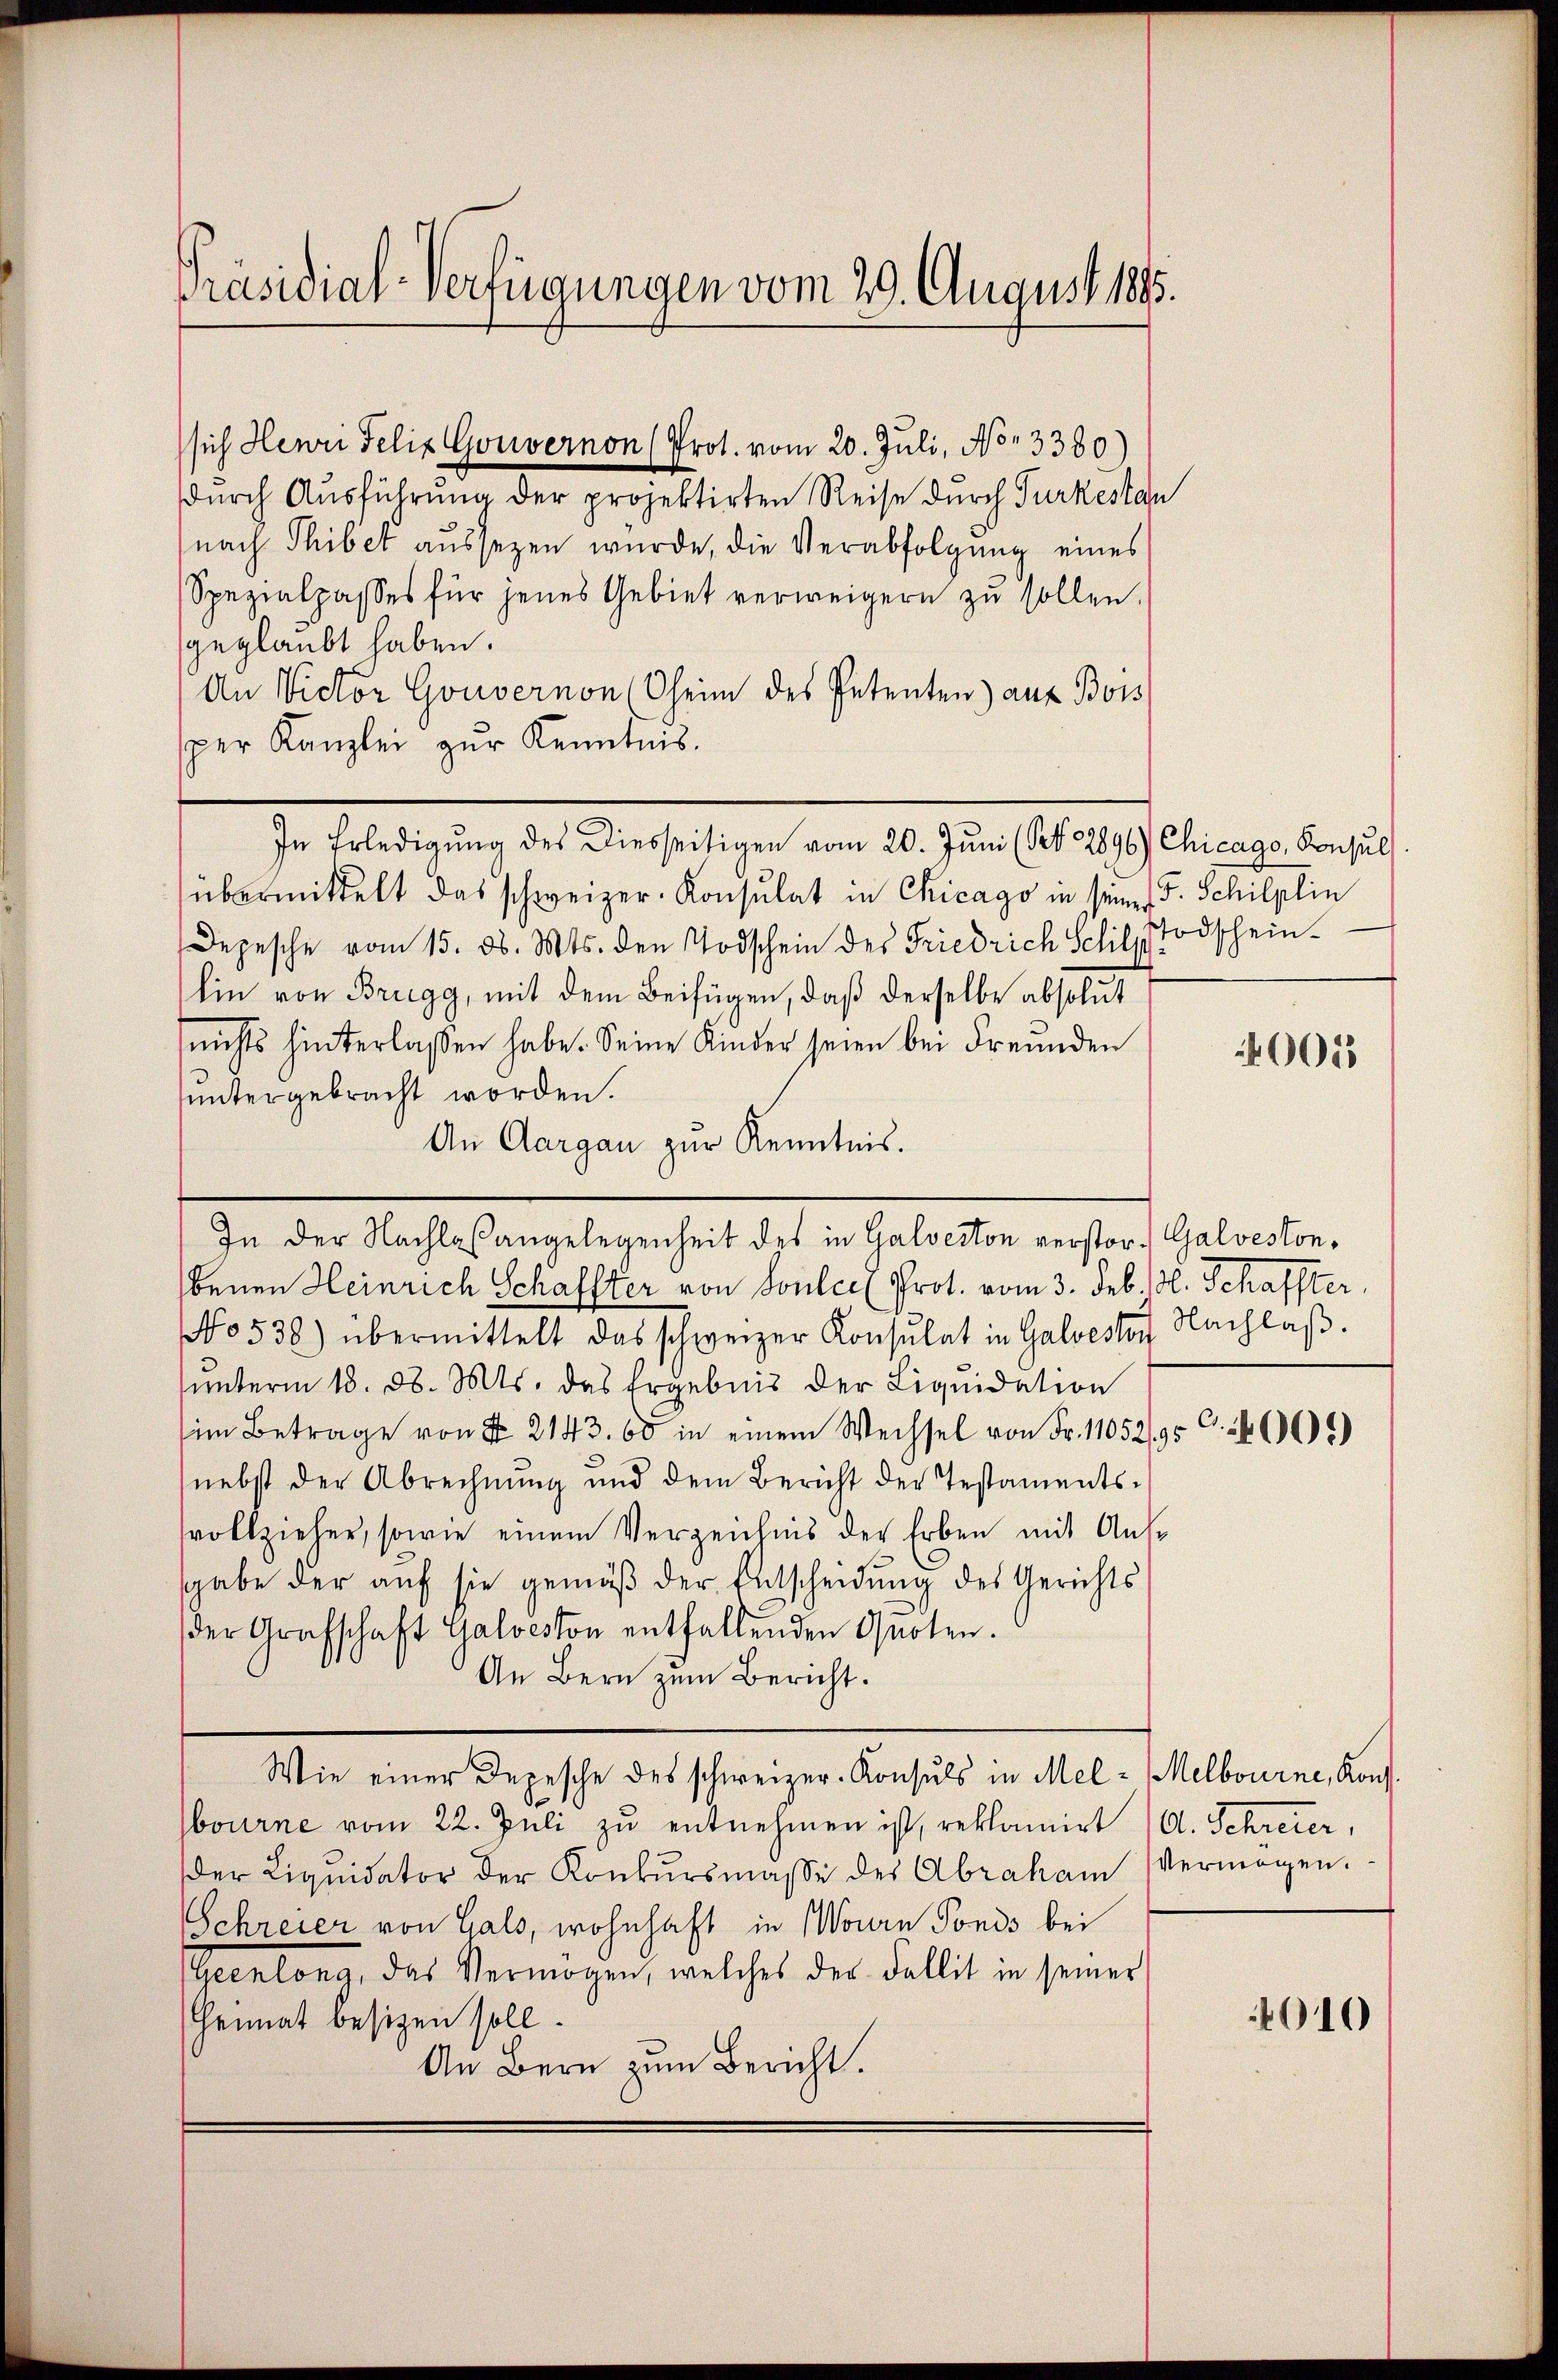
Präsidial-Verfügungen vom 29. August 1885.

sich Henri Felix Gouvernon (Prot. vom 20. Juli, No. 3380)
durch Ausführung der projektirten Reise durch Furkestan
nach Thibet aussezen wurde, die Verabfolgung eines
Spezialpasses für jenes Gebiet verweigern zŭ sollen.
geglaubt haben.
An Victor Gouvernon (Theim des Petenten) auf Bois
per Kanzlei zur Kenntnis.
In Erledigung des Diesseitigen vom 20. Juni (S. 2896) Chicago, Konsul
übermittelt das schweizer-Konsulat in Chicago in seines F. Schilplin
Depesche vom 15. d. Mts. den Todschein des Friedrich Schilz, Todschein-
lin von Brugg, mit dem Beifügen, daß derselbe absolut
(nichts hinterlaßen habe. Seine Kinder seien bei Freunden
untergebracht worden.
An Aargau zur Kenntnis.
In der Nachlaßangelegenheit des in Galveston verstor-Galvestonbenen Heinrich Schaffter von Soulcc Prot. vom 3. Feb. H. Schaffter,
No 538) übermittelt das schweizer Konsulat in Galvestor Nachlaβ.
unterm 18. d. Mts. das Ergebnis der Liquidation
im Betrage von § 2143. 60 in einem Wechsel von Fr. 11052/95 C.5)
(nebst der Abrechnung und dem Bericht der Testaments-
vollzieher, sowie einem Verzeichnis der Erben mit Aus-
sgabe der auf sie gemäß der Entscheidung des Gerichts
der Grafschaft Galveston entfallenden Quoten.
An Bern zum Bericht.
Wie einer Depesche des schweizer. Konsuls in Mel-Melbourne, Konf
bourne vom 22. Juli zu entnehmen ist, reklamirt (A. Schreier,
der Liqŭidator der Konkŭrsmasse des Abraham Vermögen.
Schreier von Gals, wohnhaft in Wouren Fonds bei
(Geenlong, das Vermögen, welches der Fallit in seiner
Heimat besizen soll.
An Bern zum Bericht.

4002

010